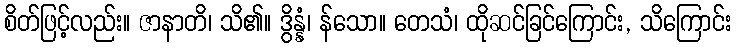
စိတ်ဖြင့်လည်း။ ဇာနာတိ၊ သိ၏။ ဒွိန္နံ၊ န်သော။ တေသံ၊ ထိုဆင်ခြင်ကြောင်း, သိကြောင်း